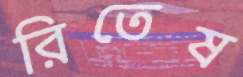
রিতেষ